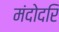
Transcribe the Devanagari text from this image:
मंदोदरि